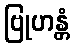
ဗြုဟန္တံ